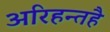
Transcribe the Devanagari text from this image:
अरिहन्तहै